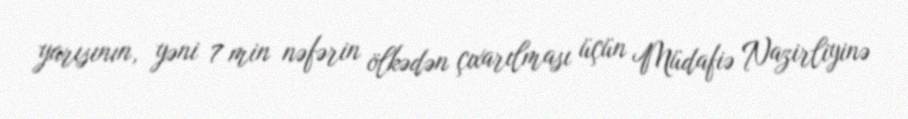
yarısının, yəni 7 min nəfərin ölkədən çıxarılması üçün Müdafiə Nazirliyinə